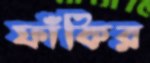
ফাঁকির